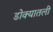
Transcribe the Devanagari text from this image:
डोक्यातली